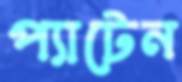
প্যাটেন